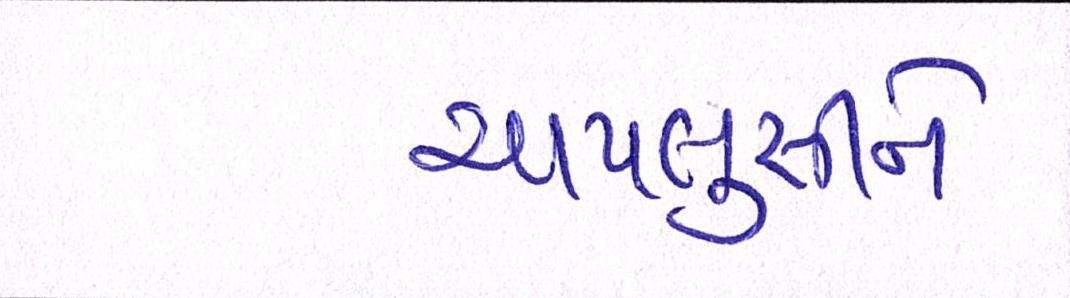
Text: ચાપલુસીને